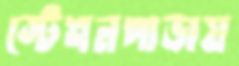
স্টেশনপাড়ায়